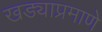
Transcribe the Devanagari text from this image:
खड्याप्रमाणे